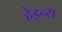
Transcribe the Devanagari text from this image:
हेइन्स